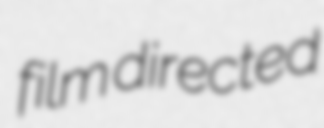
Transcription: film directed